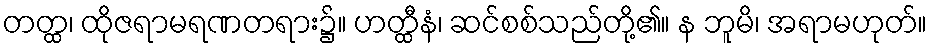
တတ္ထ၊ ထိုဇရာမရဏတရား၌။ ဟတ္ထီနံ၊ ဆင်စစ်သည်တို့၏။ န ဘူမိ၊ အရာမဟုတ်။